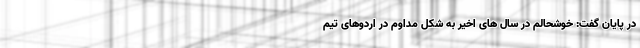
در پایان گفت: خوشحالم در سال های اخیر به شکل مداوم در اردوهای تیم